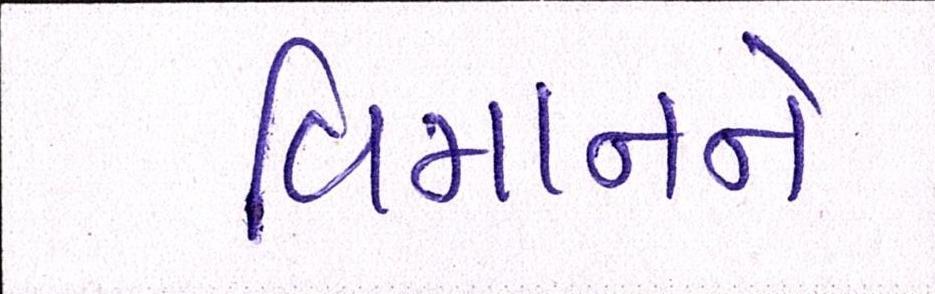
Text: વિમાનને